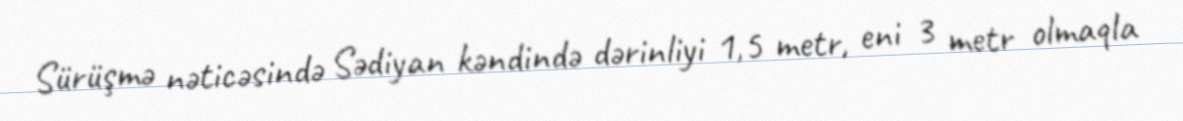
Sürüşmə nəticəsində Sədiyan kəndində dərinliyi 1,5 metr, eni 3 metr olmaqla